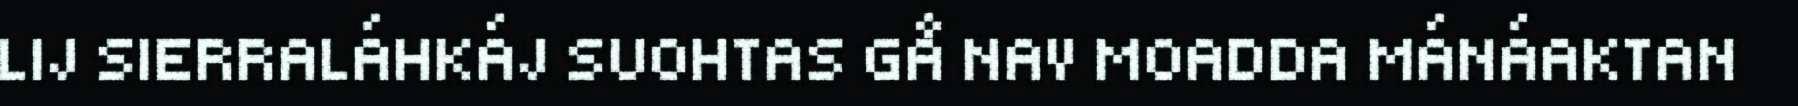
LIJ SIERRALÁHKÁJ SUOHTAS GÅ NAV MOADDA MÁNÁAKTAN